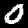
Digit: 0